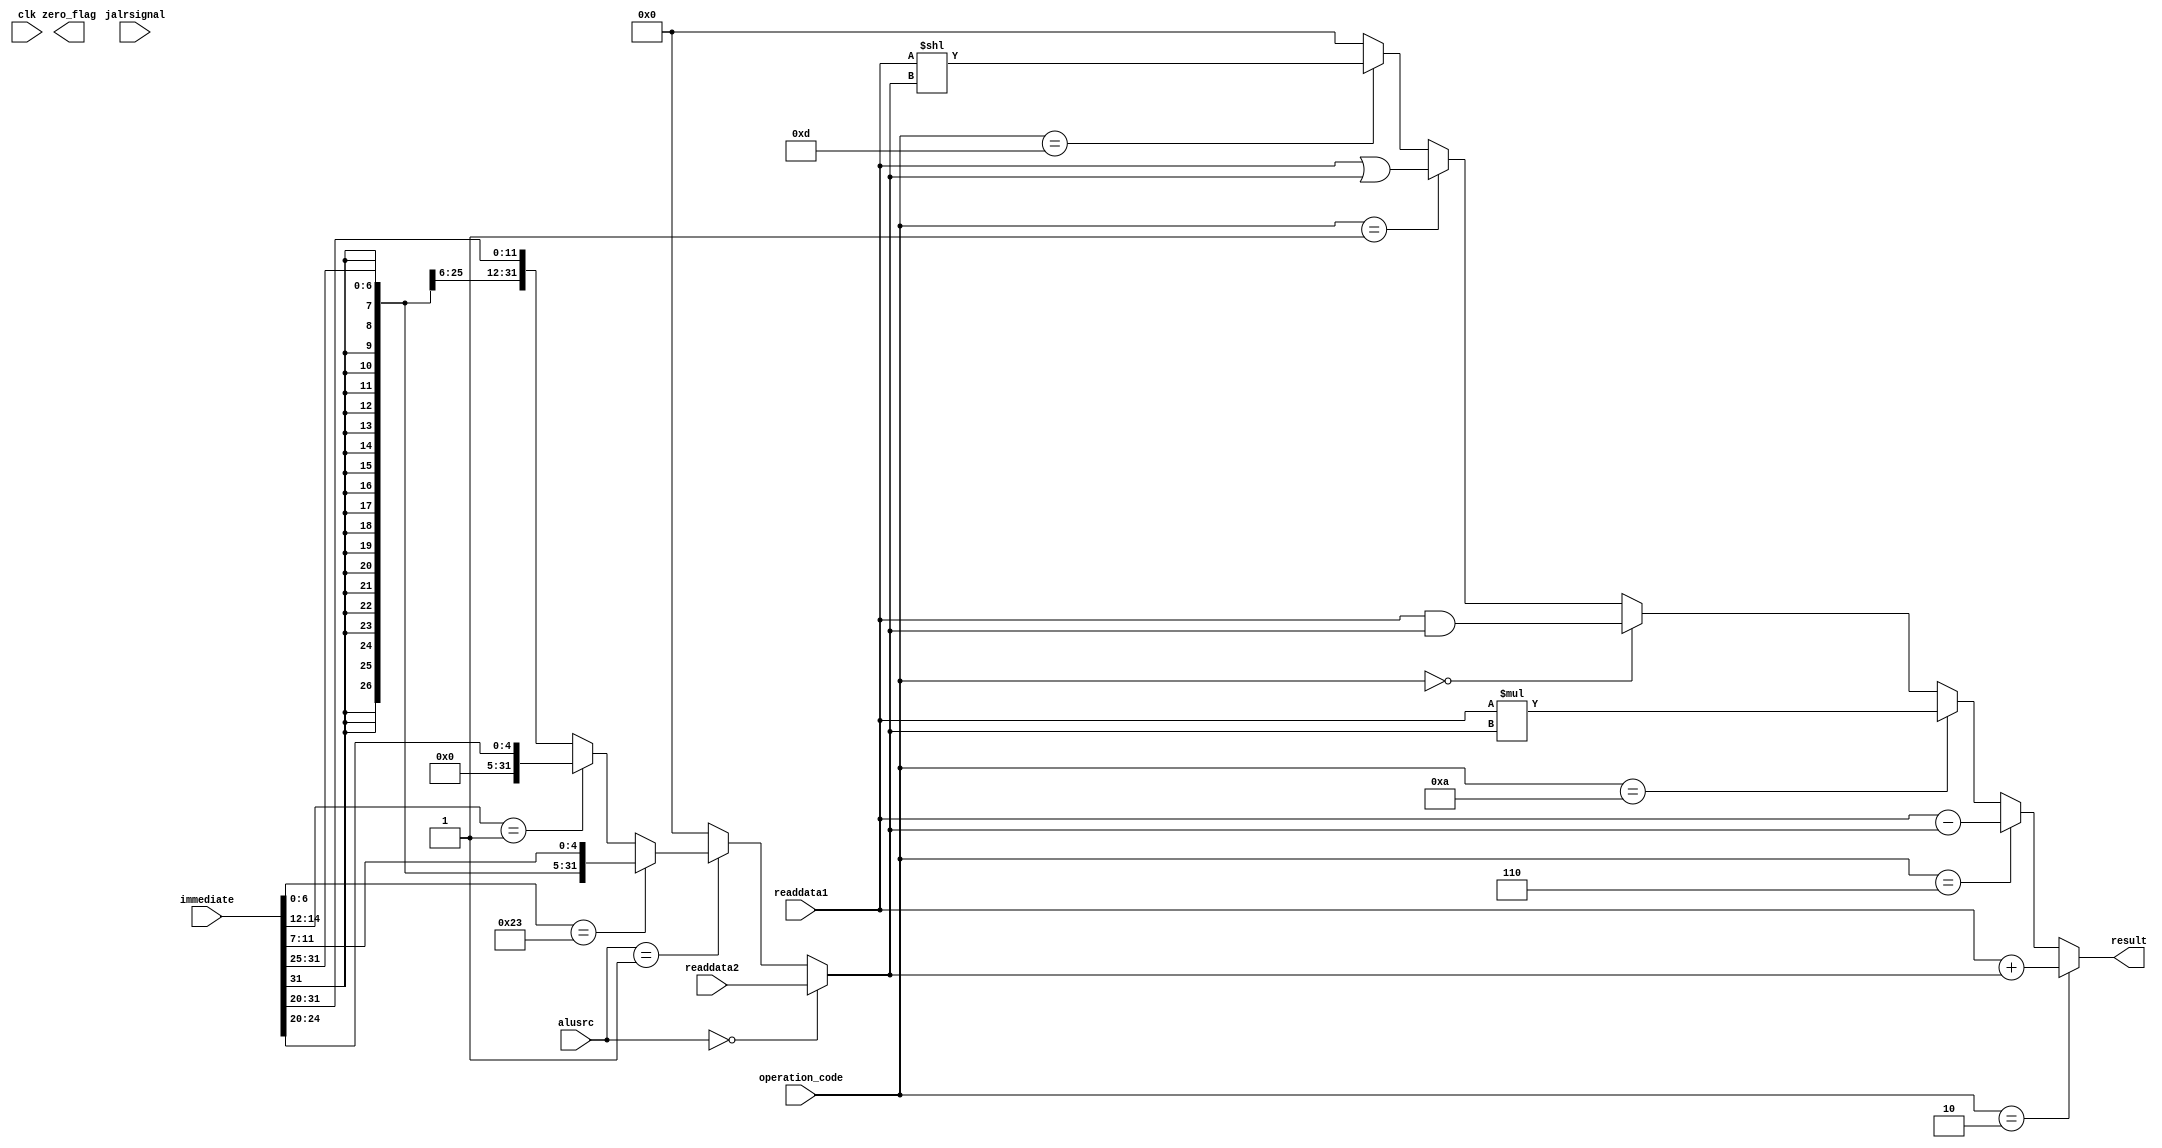
module alu(

input clk, 
input signed [31:0] readdata1, //RD1
input signed [31:0] readdata2,

input [1:0] alusrc,
//input [6:0] op_code,

input [3:0]  operation_code,
output reg signed  [31:0] result, //need to be bigger??

input [31:0] immediate,

input [1:0] jalrsignal,

output reg [2:0] zero_flag
//output reg [18:0] value

//address? 

);



reg [31:0] value;
initial value = 0;


reg signed [11:0] imm;
initial imm = 0;


always @(*) begin


		if (alusrc == 2'b00) begin
		
			value = readdata2;
		
		end else if (alusrc == 2'b01) begin
		
			if (immediate[6:0] == 7'b0100011) begin //SW
		
				imm = {immediate[31:25], immediate[11:7]};
				value = imm;				

			end else begin //LW or ADDI
						
			
					if (immediate[14:12] == 3'b001) begin

						imm = immediate[24:20]; //slli
						value = imm;
					
					end else begin
			
						imm = immediate[31:20];
						value = imm;	
		
					end		
					
		end 		
		
		end else begin
	
			value = 0;	

		end
		
		if (operation_code == 4'b0010) begin	//ADD	
		
			result = readdata1 + value;			
			
		end 

		else if (operation_code == 4'b0110) begin //SUB
			
			result = readdata1 - value;
			
		end 
		
		else if (operation_code == 4'b1010) begin //MUL

			result = readdata1 * value; 


		end 
		
		else if (operation_code == 4'b0000) begin //AND 

			result = readdata1 & value; 
	

		end 
		
		else if (operation_code == 4'b0001) begin //OR

			
			result = readdata1 | value; 

		end else if (operation_code == 4'b1101) begin
		
			result = readdata1 << value;
		
		
		end
		

	
		else begin
		
			result = 0; 
		
		
		end
	
	

		
	
	



end 




endmodule